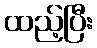
ထည့်ပြီး